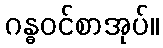
ဂန္ဓဝင်စာအုပ်။